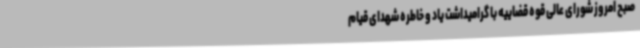
صبح امروز شورای عالی قوه قضاییه با گرامیداشت یاد و خاطره شهدای قیام